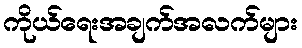
ကိုယ်ရေးအချက်အလက်များ